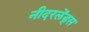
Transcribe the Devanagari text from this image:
नीदरलेंड्स